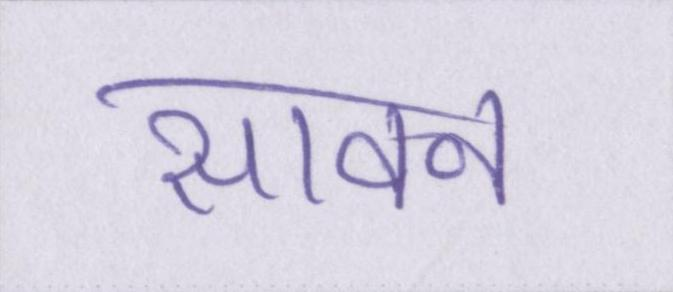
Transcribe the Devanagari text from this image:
सावन